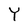
Character: Y